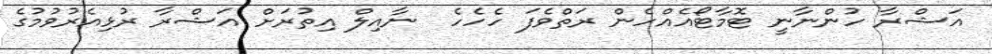
އަޝްރާ ހުންނާނީ ޓޮމާޓޯއެއްހެން ރަތްވެފަ ހެހެހެ  ނާއިލް އިތުރަށް އަޝްރާ ރުޅިއެރުވުމުގެ